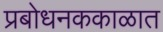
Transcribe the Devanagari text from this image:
प्रबोधनककाळात